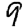
Digit: 9